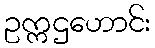
ဥက္ကဌဟောင်း